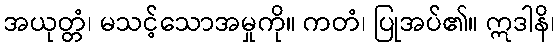
အယုတ္တံ၊ မသင့်သောအမှုကို။ ကတံ၊ ပြုအပ်၏။ ဣဒါနိ၊